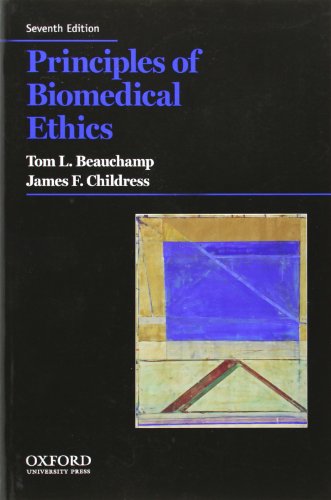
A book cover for Principles of Biomedical Ethics (Principles of Biomedical Ethics (Beauchamp)); Tom L. Beauchamp; Politics & Social Sciences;